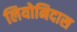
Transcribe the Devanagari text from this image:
लियोनिदास